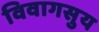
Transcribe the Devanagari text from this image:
विवागसुय